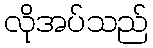
လိုအပ်သည်